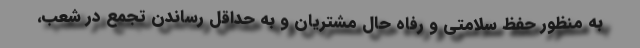
به منظور حفظ سلامتی و رفاه حال مشتریان و به حداقل رساندن تجمع در شعب،